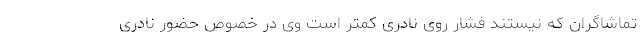
تماشاگران که نیستند فشار روی نادری کمتر است وی در خصوص حضور نادری